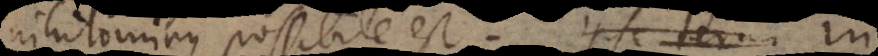
nihilominus possibile est. Ipse termi I